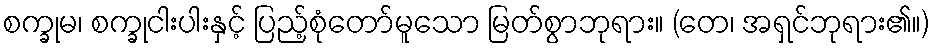
စက္ခုမ၊ စက္ခုငါးပါးနှင့် ပြည့်စုံတော်မူသော မြတ်စွာဘုရား။ (တေ၊ အရှင်ဘုရား၏။)